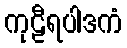
ကုဠီရပါဒကံ